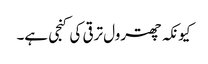
کیونکہ چھترول ترقی کی کنجی ہے۔